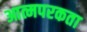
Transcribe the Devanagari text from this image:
आत्मपरकता